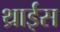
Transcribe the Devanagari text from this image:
थ्राईस